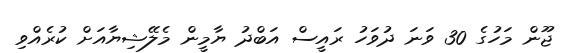
ޖޫން މަހުގެ 30 ވަނަ ދުވަހު ރައީސް އަބްދު ޔާމީން މެލޭޝިޔާއަށް ކުރެއްވި